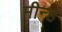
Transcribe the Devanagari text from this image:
मीन्हं